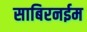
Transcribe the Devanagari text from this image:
साबिरनईम